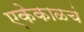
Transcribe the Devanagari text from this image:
एकेकाळचं